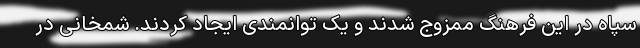
سپاه در این فرهنگ ممزوج شدند و یک توانمندی ایجاد کردند. شمخانی در